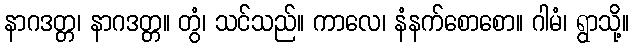
နာဂဒတ္တ၊ နာဂဒတ္တ။ တွံ၊ သင်သည်။ ကာလေ၊ နံနက်စောစော။ ဂါမံ၊ ရွာသို့။